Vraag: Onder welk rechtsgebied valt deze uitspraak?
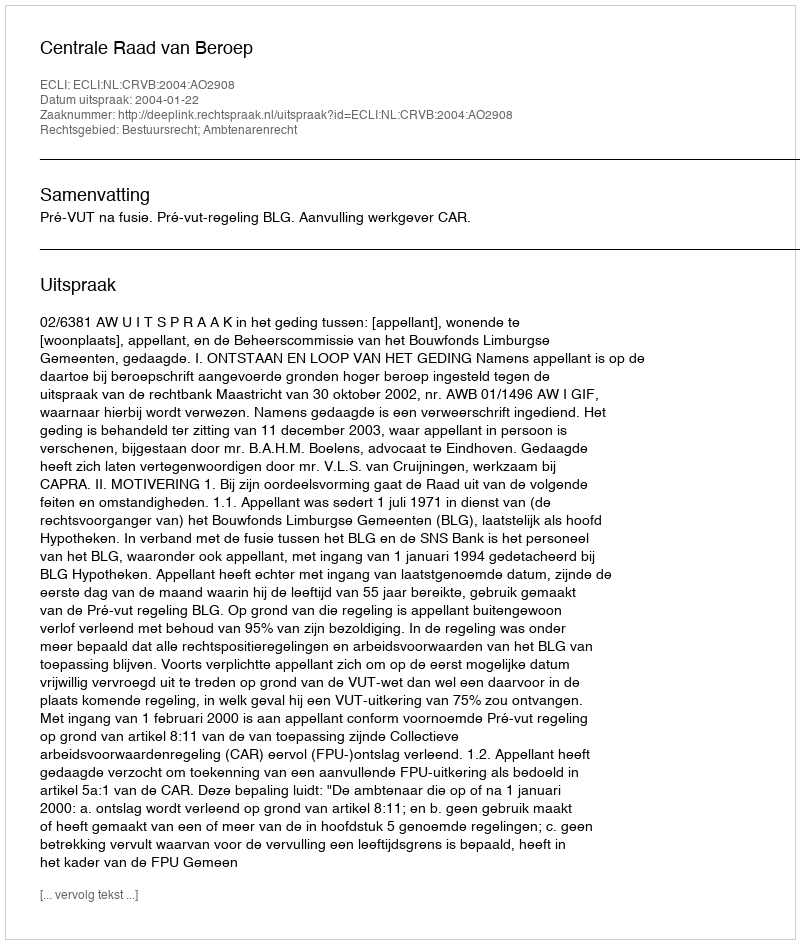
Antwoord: Bestuursrecht; Ambtenarenrecht